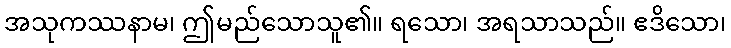
အသုကဿနာမ၊ ဤမည်သောသူ၏။ ရသော၊ အရသာသည်။ ဧဒိသော၊